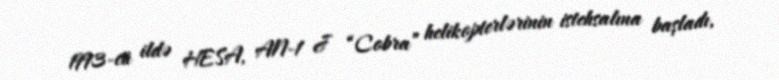
1993-cü ildə HESA, AN-1 J “Cobra” helikopterlərinin istehsalına başladı,